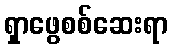
ရှာဖွေစစ်ဆေးရာ